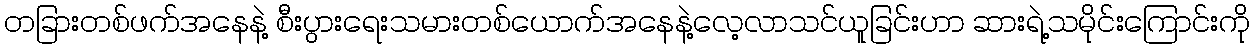
တခြားတစ်ဖက်အနေနဲ့ စီးပွားရေးသမားတစ်ယောက်အနေနဲ့လေ့လာသင်ယူခြင်းဟာ ဆားရဲ့သမိုင်းကြောင်းကို